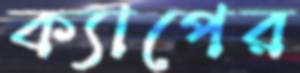
ক্যাপের